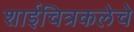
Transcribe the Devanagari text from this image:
शाईचित्रकलेचे